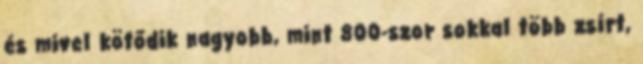
és mivel kötődik nagyobb, mint 800-szor sokkal több zsírt,